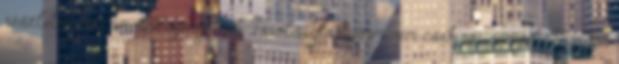
részletes beszámolót igényelnek. Távolságtartásom nem csak rá irányul. Minden